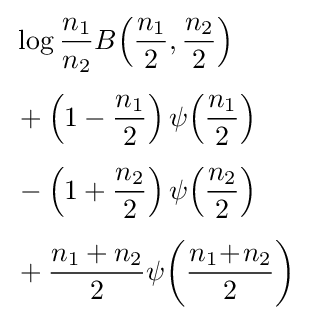
{\begin{aligned}&\log {\frac {n_{1}}{n_{2}}}B{\left({\frac {n_{1}}{2}},{\frac {n_{2}}{2}}\right)}\\[4pt]&+\left(1-{\frac {n_{1}}{2}}\right)\psi {\left({\frac {n_{1}}{2}}\right)}\\[4pt]&-\left(1+{\frac {n_{2}}{2}}\right)\psi {\left({\frac {n_{2}}{2}}\right)}\\[4pt]&+{\frac {n_{1}+n_{2}}{2}}\psi {\left({\frac {n_{1}\!+\!n_{2}}{2}}\right)}\end{aligned}}